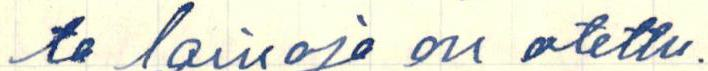
ta lainoja on otettu.